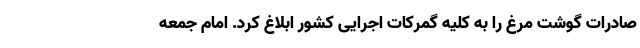
صادرات گوشت مرغ را به کلیه گمرکات اجرایی کشور ابلاغ کرد. امام جمعه